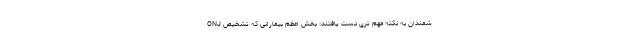
شمندان به نکته مهم تری دست یافتند: بخش اعظم بیمارانی که تشخیص ONJ